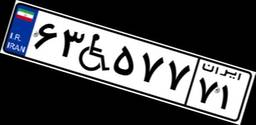
۶۳W۵۷۷۷۱